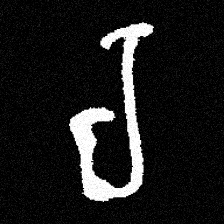
Pyu character \u2014 Myanmar letter: ရ (romanized: ra)